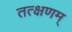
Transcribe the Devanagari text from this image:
तत्क्षणम्